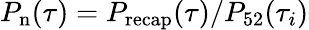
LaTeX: P_{\mathrm{n}}(\tau)=P_{\mathrm{recap}}(\tau)/P_{52}(\tau_{i})